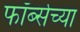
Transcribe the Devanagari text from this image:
फॉर्ब्सच्या